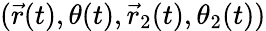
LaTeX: (\vec{r}(t),\theta(t),\vec{r}_{2}(t),\theta_{2}(t))